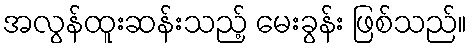
အလွန်ထူးဆန်းသည့် မေးခွန်း ဖြစ်သည်။